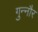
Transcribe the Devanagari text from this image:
गुन्‍नौर